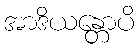
အာဒိယန္တောပိ